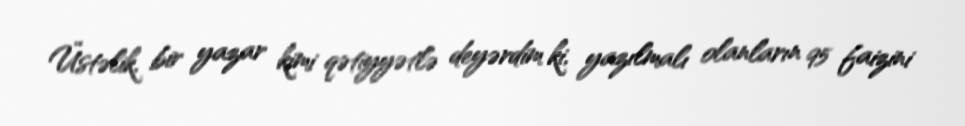
Üstəlik, bir yazar kimi qətiyyətlə deyərdim ki, yazılmalı olanların 95 faizini